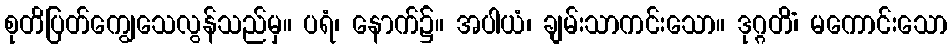
စုတိပြတ်ကျွေသေလွန်သည်မှ။ ပရံ၊ နောက်၌။ အပါယံ၊ ချမ်းသာကင်းသော။ ဒုဂ္ဂတိံ၊ မကောင်းသော